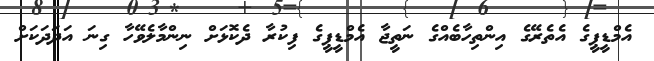
އެމްޑީޕީގެ އެތެރޭގެ އިންތިހާބެއްގެ ނަތީޖާ އެމްޑީޕީގެ ފިކުރާ ދެކޮޅަށް ނިންމާލެވޭހާ ގިނަ އަދަދަކަށް